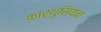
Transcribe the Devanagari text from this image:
कार्थुसियन